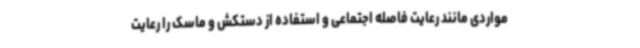
مواردی مانند رعایت فاصله اجتماعی و استفاده از دستکش و ماسک را رعایت